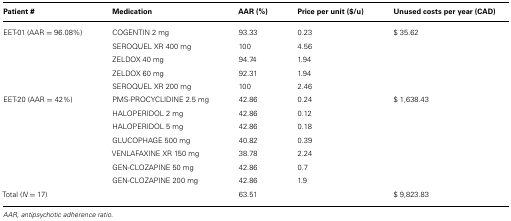
<table><thead><tr><td><b>Patient #</b></td><td><b>Medication</b></td><td><b>AAR (%)</b></td><td><b>Price per unit ($/u)</b></td><td><b>Unused costs per year (CAD)</b></td></tr></thead><tbody><tr><td>EET-01 (AAR = 96.08%)</td><td>COGENTIN 2 mg</td><td>93.33</td><td>0.23</td><td>$ 35.62</td></tr><tr><td></td><td>SEROQUEL XR 400 mg</td><td>100</td><td>4.56</td><td></td></tr><tr><td></td><td>ZELDOX 40 mg</td><td>94.74</td><td>1.94</td><td></td></tr><tr><td></td><td>ZELDOX 60 mg</td><td>92.31</td><td>1.94</td><td></td></tr><tr><td></td><td>SEROQUEL XR 200 mg</td><td>100</td><td>2.46</td><td></td></tr><tr><td>EET-20 (AAR = 42%)</td><td>PMS-PROCYCLIDINE 2.5 mg</td><td>42.86</td><td>0.24</td><td>$ 1,638.43</td></tr><tr><td></td><td>HALOPERIDOL 2 mg</td><td>42.86</td><td>0.12</td><td></td></tr><tr><td></td><td>HALOPERIDOL 5 mg</td><td>42.86</td><td>0.18</td><td></td></tr><tr><td></td><td>GLUCOPHAGE 500 mg</td><td>40.82</td><td>0.39</td><td></td></tr><tr><td></td><td>VENLAFAXINE XR 150 mg</td><td>38.78</td><td>2.24</td><td></td></tr><tr><td></td><td>GEN-CLOZAPINE 50 mg</td><td>42.86</td><td>0.7</td><td></td></tr><tr><td></td><td>GEN-CLOZAPINE 200 mg</td><td>42.86</td><td>1.9</td><td></td></tr><tr><td>Total (<i>N = </i>17)</td><td></td><td>63.51</td><td></td><td>$ 9,823.83</td></tr></tbody></table>